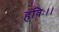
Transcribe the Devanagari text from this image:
हविः।।